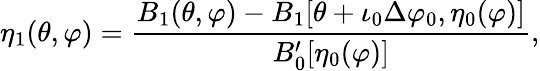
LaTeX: \eta_{1}(\theta,\varphi)=\frac{B_{1}(\theta,\varphi)-B_{1}[\theta+\iota_{0}\Delta\varphi_{0},\eta_{0}(\varphi)]}{B_{0}^{\prime}[\eta_{0}(\varphi)]},